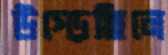
উপ্‌ড়েছিলে